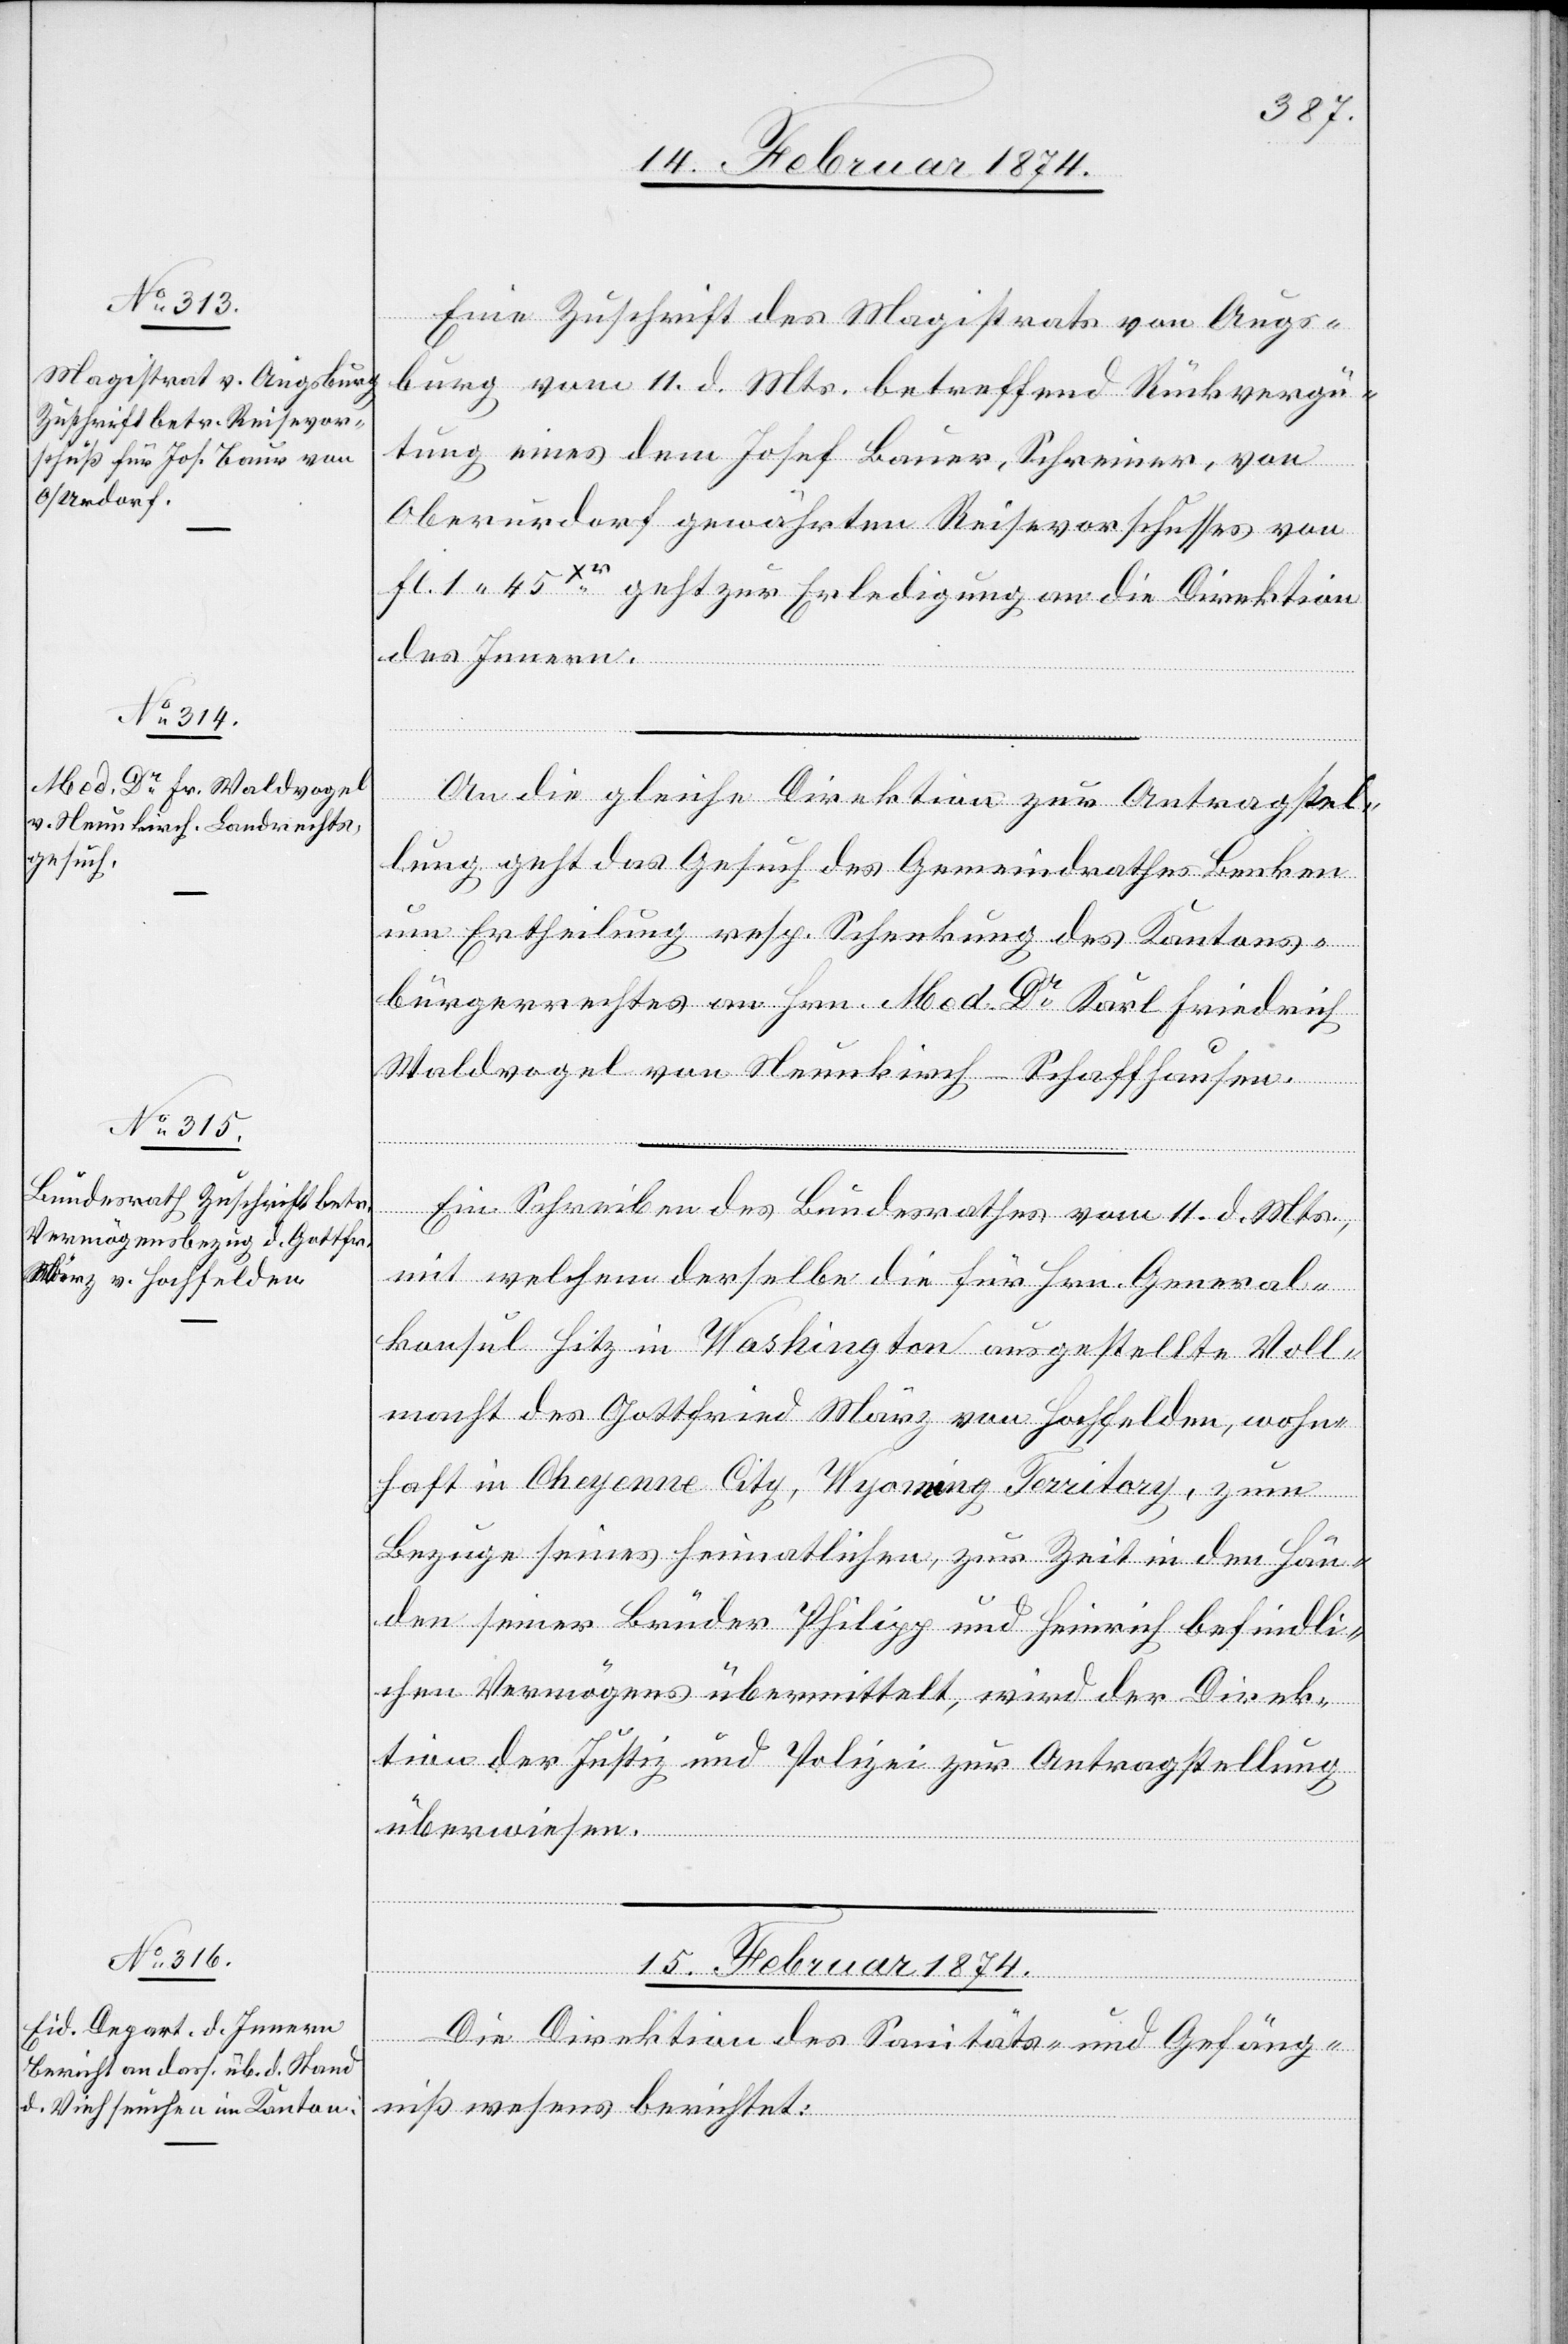
14. Februar 1874.]
Eine Zuschrift des Magistrats von Augs¬
burg vom 11. d. Mts. betreffend Rückvergü¬
tung eines dem Josef Bauer [sic!], Schreiner, von
Oberurdorf gewährten Reisevorschusses von
fl. 1.45 Xr. geht zur Erledigung an die Direktion
des Innern.
von
An die gleiche Direktion zur Antragstel¬
lung geht das Gesuch des Gemeindrathes Benken
um Ertheilung resp. Schenkung des Kantons¬
bürgerrechtes an Hrn. Med. Dr Karl Friedrich
Waldvogel von Neunkirch-Schaffhausen.
Ein Schreiben des Bundesrathes vom 11. d. Mts.,
mit welchem derselbe die für Hrn. General¬
konsul Hitz in Washington ausgestellte Voll¬
macht des Gottfried März von Hochfelden, wohn¬
haft in Cheyenne City, Wyoming Territory, zum
Bezuge seines heimatlichen, zur Zeit in den Hän¬
den seiner Brüder Philipp und Heinrich befindli¬
chen Vermögens übermittelt, wird der Direk¬
tion der Justiz und Polizei zur Antragstellung
überwiesen.
15. Februar 1874.
Die Direktion des Sanitäts- und Gefäng¬
nißwesens berichtet: